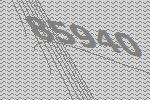
85940